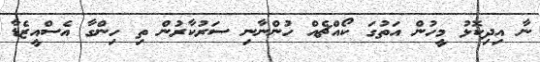
ނާ އިދިކޮޅު މީހުން އަތުގަ ކޯއްޗެއް ހުންނާނި ސަރުކާރުން ތި ހިންގާ އެސްއީޒެޑާ